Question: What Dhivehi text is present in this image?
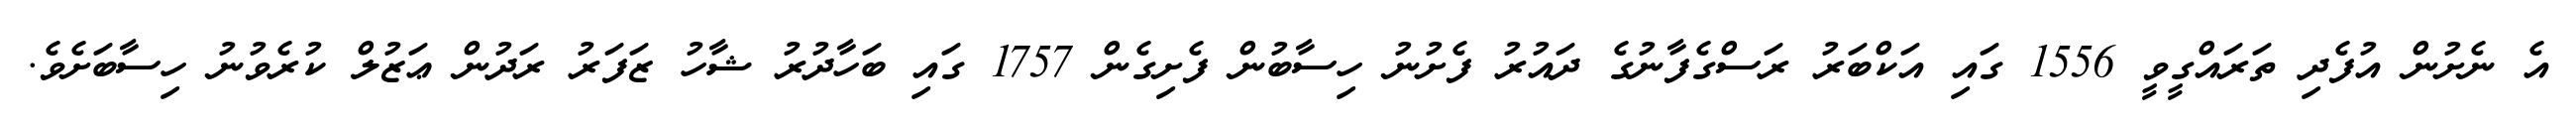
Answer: އެ ނެށުން އުފެދި ތަރައްގީވީ 1556 ގައި އަކްބަރު ރަސްގެފާނުގެ ދައުރު ފެށުނު ހިސާބުން ފެށިގެން 1757 ގައި ބަހާދުރު ޝާހު ޒަފަރު ރަދުން ޢަޒުލް ކުރެވުނު ހިސާބަށެވެ.